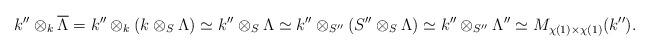
LaTeX: \begin{align*}k'' \otimes_{k} \overline{\Lambda} = k'' \otimes_{k} (k \otimes_{S} \Lambda) \simeq k'' \otimes_{S} \Lambda\simeq k'' \otimes_{S''} (S'' \otimes_{S} \Lambda) \simeq k'' \otimes_{S''} \Lambda'' \simeq M_{\chi(1) \times \chi(1)}(k'').\end{align*}